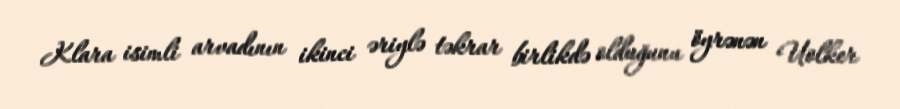
Klara isimli arvadının ikinci əriylə təkrar birlikdə olduğunu öyrənən Uolker